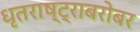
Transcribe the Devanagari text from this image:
धृतराष्ट्राबरोबर